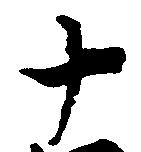
十